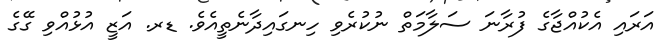
އަރައި އެކުއްޖާގެ ފުރާނަ ސަލާމަތް ނުކުރެވި ހިނގައިދާނެތީއެވެ. ޑރ. އަޒީ އުޅުއްވި ގޭގެ